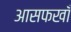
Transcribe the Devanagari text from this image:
आसफखाँ